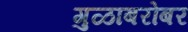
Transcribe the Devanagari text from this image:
गुळाबरोबर